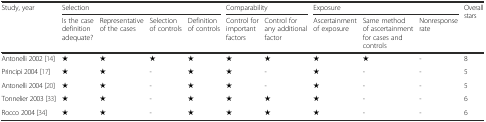
<table><thead><tr><td rowspan="2"><b>Study, year</b></td><td colspan="4"><b>Selection</b></td><td colspan="2"><b>Comparability</b></td><td colspan="3"><b>Exposure</b></td><td rowspan="2"><b>Overall stars</b></td></tr><tr><td><b>Is the case definition adequate?</b></td><td><b>Representative of the cases</b></td><td><b>Selection of controls</b></td><td><b>Definition of controls</b></td><td><b>Control for important factors</b></td><td><b>Control for any additional factor</b></td><td><b>Ascertainment of exposure</b></td><td><b>Same method of ascertainment for cases and controls</b></td><td><b>Nonresponse rate</b></td></tr></thead><tbody><tr><td>Antonelli 2002 [14]</td><td>★</td><td>★</td><td>★</td><td>★</td><td>★</td><td>★</td><td>★</td><td>★</td><td>-</td><td>8</td></tr><tr><td>Principi 2004 [17]</td><td>★</td><td>★</td><td>-</td><td>★</td><td>★</td><td>-</td><td>★</td><td>-</td><td>-</td><td>5</td></tr><tr><td>Antonelli 2004 [20]</td><td>★</td><td>★</td><td>-</td><td>★</td><td>★</td><td>-</td><td>★</td><td>-</td><td>-</td><td>5</td></tr><tr><td>Tonnelier 2003 [33]</td><td>★</td><td>★</td><td>-</td><td>★</td><td>★</td><td>★</td><td>★</td><td>-</td><td>-</td><td>6</td></tr><tr><td>Rocco 2004 [34]</td><td>★</td><td>★</td><td>-</td><td>★</td><td>★</td><td>★</td><td>★</td><td>-</td><td>-</td><td>6</td></tr></tbody></table>